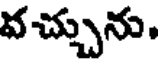
వచ్చును.